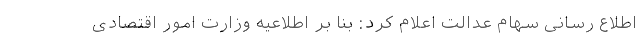
اطلاع رسانی سهام عدالت اعلام کرد: بنا بر اطلاعیه وزارت امور اقتصادی